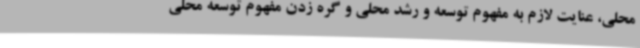
محلی، عنایت لازم به مفهوم توسعه و رشد محلی و گره زدن مفهوم توسعه محلی